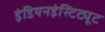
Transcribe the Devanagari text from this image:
इंडियनइंस्टिट्यूट